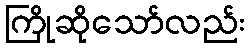
ကြိုဆိုသော်လည်း